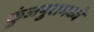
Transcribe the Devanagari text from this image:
कुंजपुरामध्ये